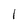
Character: 1